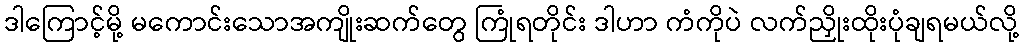
ဒါကြောင့်မို့ မကောင်းသောအကျိုးဆက်တွေ ကြုံရတိုင်း ဒါဟာ ကံကိုပဲ လက်ညှိုးထိုးပုံချရမယ်လို့